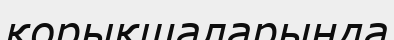
қорықшаларында